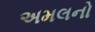
અમલનો